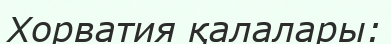
Хорватия қалалары: